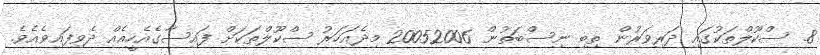
8. ސްކޫލްތަކުގައި ދަރިވަރުން ތިބި ނިސްބަތުން 20052006 މިދެއަހަރު ސްކޫލްތަކަށް ފައިސާގެއެހީއެއް ދެވިފައިވެއެވެ.